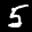
Label: 5